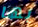
بها